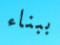
ببناء